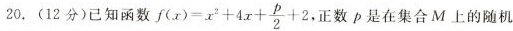
20. (12分)已知函数 $$f ( x ) = x ^ { 2 } + 4 x + \frac { p } { 2 } + 2$$ ，正数p是在集合M上的随机